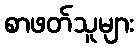
စာဖတ်သူများ